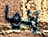
إنها